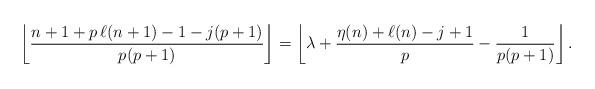
LaTeX: \begin{align*}\left\lfloor\frac{n+1+p\,\ell(n+1)-1-j(p+1)}{p(p+1)}\right\rfloor=\left\lfloor \lambda+\frac{\eta(n)+\ell(n)-j+1}{p}-\frac{1}{p(p+1)}\right\rfloor.\end{align*}